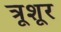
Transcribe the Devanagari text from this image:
त्रूशूर